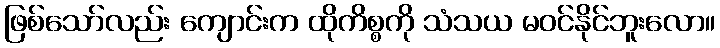
ဖြစ်သော်လည်း ကျောင်းက ထိုကိစ္စကို သံသယ မဝင်နိုင်ဘူးလော။